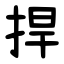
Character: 捍